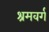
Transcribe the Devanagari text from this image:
श्रमवर्ग